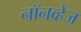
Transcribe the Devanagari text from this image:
नॉनव्हेज